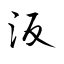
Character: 汳